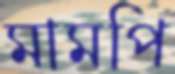
মামপি